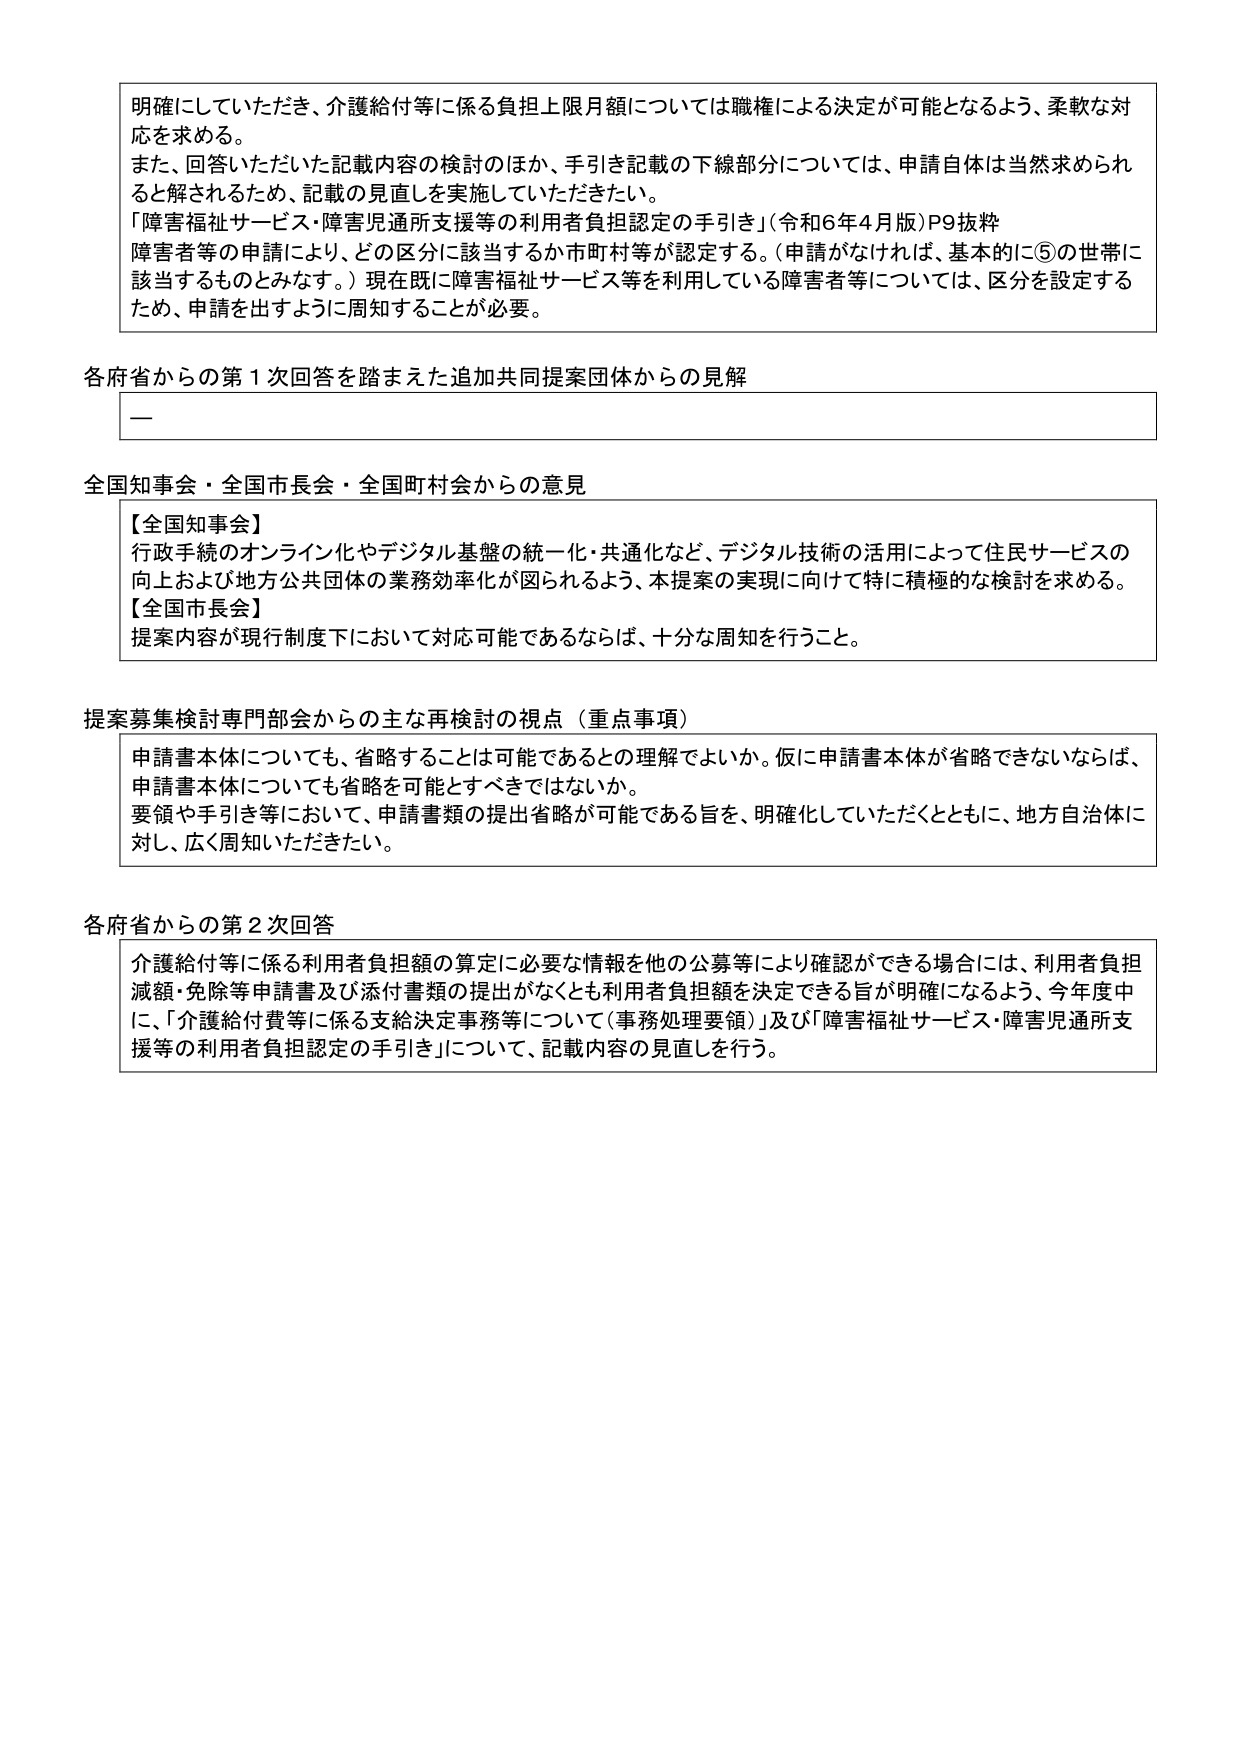
明確にしていただき、介護給付等に係る負担上限月額については職権による決定が可能となるよう、柔軟な対応を求める。
また、回答いただいた記載内容の検討のほか、手引き記載の下線部分については、申請自体は当然求められると解されるため、記載の見直しを実施していただきたい。
「障害福祉サービス・障害児通所支援等の利用者負担認定の手引き」（令和6年4月版）P9抜粋
障害者等の申請により、どの区分に該当するか市町村等が認定する。（申請がなければ、基本的に⑤の世帯に該当するものとみなす。）現在既に障害福祉サービス等を利用している障害者等については、区分を設定するため、申請を出すように周知することが必要。

各府省からの第1次回答を踏まえた追加共同提案団体からの見解
――

全国知事会・全国市長会・全国町村会からの意見
【全国知事会】
行政手続のオンライン化やデジタル基盤の統一化・共通化など、デジタル技術の活用によって住民サービスの向上および地方公共団体の業務効率化が図られるよう、本提案の実現に向けて特に積極的な検討を求める。
【全国市長会】
提案内容が現行制度下において対応可能であるならば、十分な周知を行うこと。

提案募集検討専門部会からの主な再検討の視点（重点事項）
申請書本体についても、省略することは可能であるとの理解でよいか。仮に申請書本体が省略できないならば、申請書本体についても省略を可能とすべきではないか。
要領や手引き等において、申請書類の提出省略が可能である旨を、明確化していただくとともに、地方自治体に対し、広く周知いただきたい。

各府省からの第2次回答
介護給付等に係る利用者負担額の算定に必要な情報を他の公募等により確認ができる場合には、利用者負担減額・免除等申請書及び添付書類の提出がなくとも利用者負担額を決定できる旨が明確になるよう、今年度中に、「介護給付費等に係る支給決定事務等について（事務処理要領）」及び「障害福祉サービス・障害児通所支援等の利用者負担認定の手引き」について、記載内容の見直しを行う。